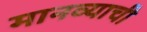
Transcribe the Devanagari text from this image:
मानव्याची